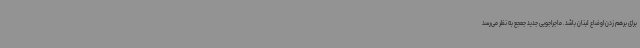
برای برهم زدن اوضاع لبنان باشد. ماجراجویی جدید جعجع به نظر می‌رسد